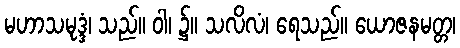
မဟာသမုဒ္ဒံ၊ သည်။ ဝါ၊ ၌။ သလိလံ၊ ရေသည်။ ယောဇနမတ္တ၊